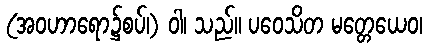
(အဝဟာရော၌စပ်၊) ဝါ၊ သည်။ ပဝေသိတ မတ္တေယေဝ၊